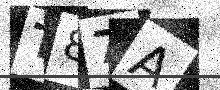
Text: T87A